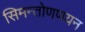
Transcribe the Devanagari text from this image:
सिमन्तोणणयन